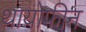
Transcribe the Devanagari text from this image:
थायोफीन